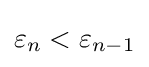
\varepsilon _{n}<\varepsilon _{n-1}